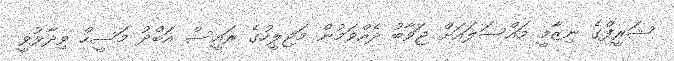
ޝަރީފްގެ ނިޒާމީ މައްސަލައަށް ޖަވާބު ދެއްވަމުން މަޖިލީހުގެ ރައީސް އަބްދު މަސީހް ވިދާޅުވީ